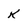
Character: k